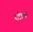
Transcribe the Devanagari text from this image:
स्‍टोक